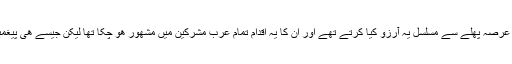
لفظ "کانو" سے ظاھر ھوتا ہے کہ مدینہ میں آباد یھودی آنحضور (ص) کی مدینہ ھجرت سے بھت عرصہ پھلے سے مسلسل یہ آرزو کیا کرتے تھے اور ان کا یہ اقدام تمام عرب مشرکین میں مشھور ھو چکا تھا لیکن جیسے ھی پیغمبر اکرم (ص) مبعوث ھوئے اور مدینہ ھجرت کی تو انھوں نے آپ (ص) کی نبوت کا انکار کر دیا۔